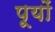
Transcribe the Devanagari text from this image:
पूयों